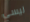
ليسي